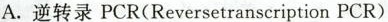
A.逆转录 PCR(Reversetranscription PCR)